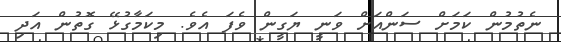
ނެތުމުން ކަމަށް ސަންއަށް ވަނީ ޔަގީން ވެފަ އެވެ. މިކަމާގުޅޭ ގޮތުން އަދި